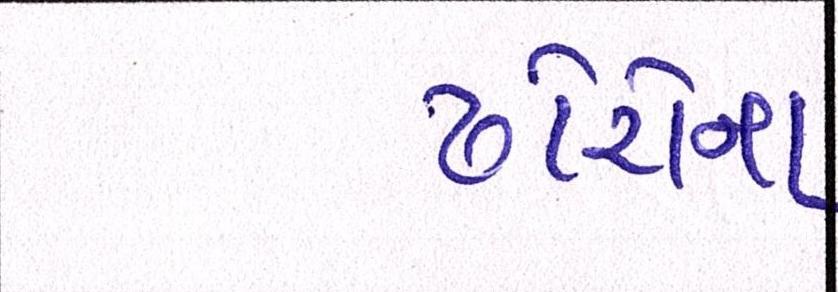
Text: ઢોરોના